King Institute of Preventive Medicine Micro-Biological Section reports 1912-19
Year: 1912
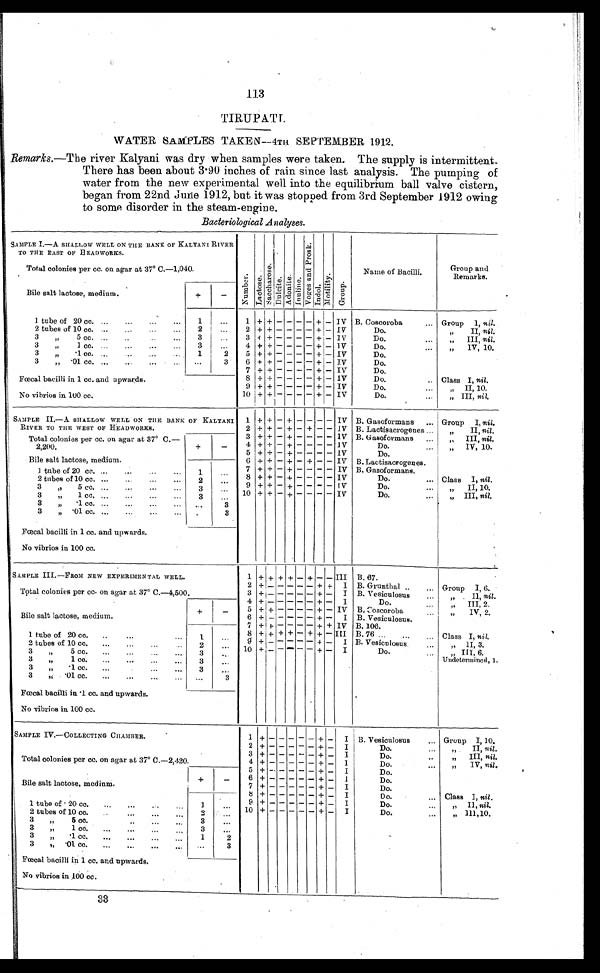
113
TIRUPATI.
WATER SAMPLES TAKEN—4TH SEPTEMBER 1912.
Remarks.—The river Kalyani was dry when samples were taken. The supply is intermittent.
There has been about 3.90 inches of rain since last analysis. The pumping of
water from the new experimental well into the equilibrium ball valve cistern,
began from 22nd June 1912, but it was stopped from 3rd September 1912 owing
to some disorder in the steam-engine.
Bacteriological .Analyses.
SAMPLE 1.—A SHALLOW WELL ON THE BANK OF KALYANI RIVER
TO THE EAST OF HEADWORKS.
N u m b e r . L a c t o s e .
S a c c h a r o s e .
D u l c i t e . A d o n i t e . I n u l i n e .
V o g e s a n d P r o s k .
I n d o l .
M o t i l i t y .
G r o u p .
Name of Bacilli.
Group and
Remarks.
Total colonies per cc. on agar at 37° C.—1,040.
Bile salt lactose, medium.
+
-
1 tube of 20 cc.
1
...
1 + +
- - - -
+
-
IV B. Coscoroba
Group I, nil.
2 tubes of 10 cc.
2
...
2 + +
- - - -
+
-
IV
Do.
"
II, nil.
3
+
+
- - - -
+
-
IV
Do.
"
III, nil.
3
"
5 cc.
3
. . .
4 +
+
- - - -
+ -
IV
Do.
" I V , 1 0 .
3
"
1 cc.
3
. . .
5 + +
- - - - + -
IV
Do.
3
" .1 cc.
1
2
6 + +
- - - -
+
-
IV
Do.
3
" .01 cc.
...
3
7 + +
- - - -
+
-
IV
Do.
Fœcal bacilli in 1 cc. and upwards.
8 + +
- - - -
+
-
IV
Do.
Class I, nil.
9 + +
- - - -
+
-
IV
Do.
" II, 10.
No vibrios in 100 cc.
10 + +
- - - -
+
-
IV
Do.
" III, nil.
SAMPLE II.—A SHALLOW WELL ON THE BANK OF KALYANI
RIVER TO THE WEST OF HEADWORKS.
1 + +
-
+
- - - -
IV B. Gasoformans
Group I, nil.
2 + +
-
+
-
+
- -
IV B. Lactisacrogenes
"
II, nil.
3 + +
-
+
- - - -
IV B. Gasoformans
" I I I ,
n i l
.
Total
colonies per cc. on agar at 37° C .—
2,200.
4 + + -
+
- - - -
IV
Do.
" IV, 10.
5 + +
-
+
- - - -
IV
Do.
Bile salt lactose, medium.
+
-
6 + +
-
+
-
+
- -
IV B. Lactisacrogenes.
1 tube of 20 cc.
1
...
7 + +
-
+
- - - -
IV B. Gasoformans.
8 + +
-
+
- - - -
IV
Do.
Class I, nil.
2 tubes of 10 cc.
2
...
9 + +
- + - - - -
IV
Do.
" I I , 1 0 .
3
"
5 cc.
3
. . .
10 + +
-
+
- - - -
IV
Do.
" III, nil.
3
" 1 cc.
3
. . .
3
"
.1 cc.
. . .
3
3
" .01 cc.
.
3
Fœcal bacilli in 1 cc. and upwards.
No vibrios in 100 cc.
SAMPLE III.—FROM NEW EXPERIMENTAL WELL.
1 +
+
+ +
-
+
- -
III B. 67.
2 +
- - - - -
+ + I B. Grunthal
Group I, 6.
Total colonies per cc. on agar at 37° C.—4,500.
3 +
- - - - -
+
-
I B. Vesiculosus
"
II, nil.
4 +
- - - - -
+
-
I
Do.
" III, 2.
Bile salt lactose, medium.
+
-
5 +
+ - - - -
+
-
IV B. Coscoroba
"
IV, 2.
6 +
- - - - -
+
-
I B. Vesiculosus.
7 +
+ - - - -
+ + IV B. 106.
1 t u b e o f 2 0 c c
.
1
. . .
8 + + + +
-
+ +
-
III B. 76
Class I, nil.
9
+
- - - - - + -
I B. Vesiculosus.
" II, 3.
2 tubes of 10 cc.
2
. . .
10 +
-
-
-
- -
+
-
I
Do.
" I I I ,
6 .
Undetermined, 1.
3 " 5 cc.
3
. . .
3
"
1 cc.
3
. . .
3
"
.1 cc.
3
...
3
" .01 cc.
. . .
3
Fœcal bacilli in .1 cc. and upwards.
No vibrios in 100 cc.
SAMPLE IV.—COLLECTING CHAMBER.
1 +
- - - - -
+
-
I B. Vesiculosus
Group I, 10.
2 +
- - - - -
+
-
I
Do.
"
II, nil.
Total colonies per cc. on agar at 37° C.—2,420.
3
+ - - - - -
+
-
I
Do.
" III, nil.
4
+ - - - - -
+
-
I
Do.
"
1V, nil.
5 +
-
- -
-
-
+ -
I
Do.
Bile salt lactose, medium.
+
-
6
+
- - - - -
+
-
I
Do.
7
+ - - - - -
+
-
I
Do.
1 tube of 20 cc.
1
. . .
8 +
- - - - -
+
-
I
Do.
Class I, nil.
9
+ - - - - -
+
-
I
Do.
" I I ,
n i l
.
10
+
-
-
- - -
+
-
I
Do.
" III, 10.
2 tubes of 10 cc.
2
. . .
3
"
5 cc.
3
...
3
"
1 cc.
3
. . .
3
"
.1 cc.
1
2
3
" .01 cc.
...
3
Fœcal bacilli in 1 cc. and upwards.
No vibrios in 100 cc.
33 c.10